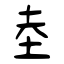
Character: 坴